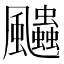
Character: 𱃓